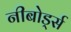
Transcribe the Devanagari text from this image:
नीबोर्ड्स